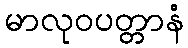
မာလုဝပတ္တာနံ